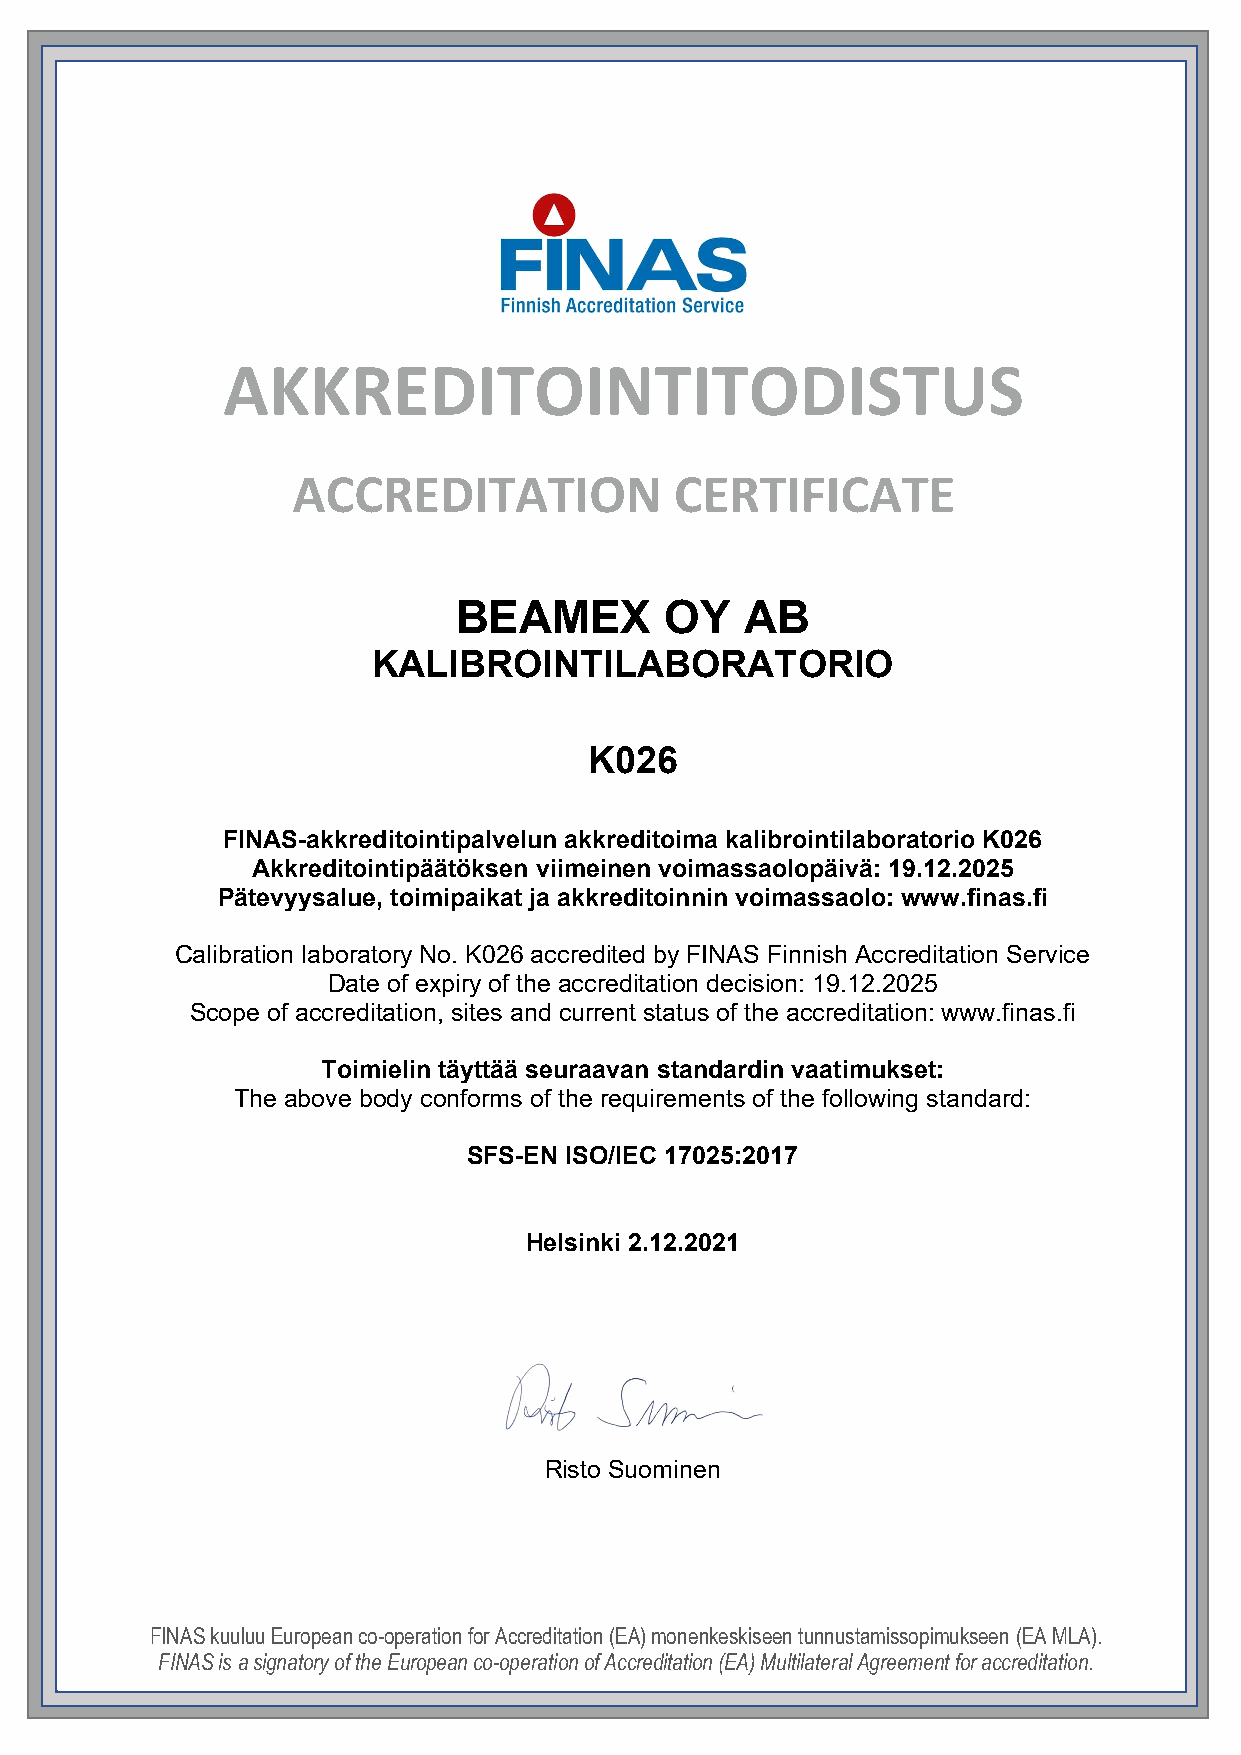
BEAMEX        OY   AB
 KALIBROINTILABORATORIO
 K026
 FINAS-akkreditointipalvelun akkreditoima kalibrointilaboratorio K026
 Akkreditointipäätöksen viimeinen voimassaolopäivä: 19.12.2025
 Pätevyysalue, toimipaikat ja akkreditoinnin voimassaolo: www.finas.fi
 Calibration laboratory No. K026 accredited by FINAS Finnish Accreditation Service
 Date of expiry of the accreditation decision: 19.12.2025
 Scope of accreditation, sites and current status of the accreditation: www.finas.fi
 Toimielin täyttää seuraavan standardin vaatimukset:
 The above body conforms of the requirements of the following standard:
 SFS-EN ISO/IEC 17025:2017
 Helsinki 2.12.2021
 Risto Suominen
 FINAS kuuluu European co-operation for Accreditation (EA) monenkeskiseen tunnustamissopimukseen (EA MLA).
 FINAS is a signatory of the European co-operation of Accreditation (EA) Multilateral Agreement for accreditation.